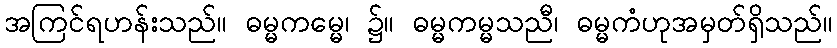
အကြင်ရဟန်းသည်။ ဓမ္မကမ္မေ၊ ၌။ ဓမ္မကမ္မသညီ၊ ဓမ္မကံဟုအမှတ်ရှိသည်။